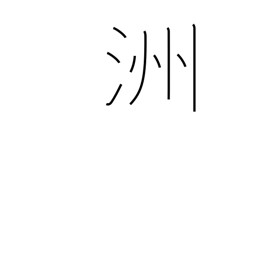
Meaning: island